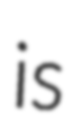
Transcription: is